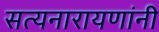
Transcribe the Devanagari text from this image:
सत्यनारायणांनी